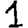
Digit: 1